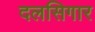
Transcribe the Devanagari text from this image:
दलसिगार